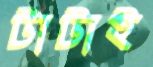
টাটাই